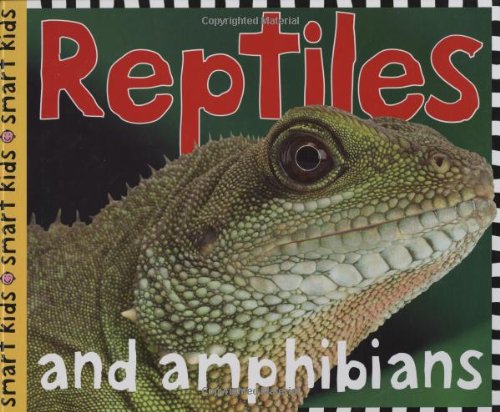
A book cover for Smart Kids Reptiles; Roger Priddy; Children's Books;